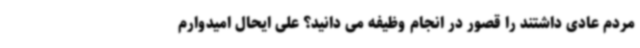
مردم عادی داشتند را قصور در انجام وظیفه می دانید؟ علی ایحال امیدوارم